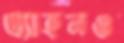
এ্যাহনও